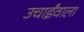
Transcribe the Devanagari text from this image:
उचाईंवाला